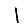
Digit: 1